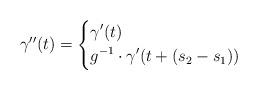
LaTeX: \begin{align*} \gamma''(t) = \begin{dcases} \gamma'(t) & \\ g^{-1}\cdot \gamma'(t + (s_2 - s_1)) & \\ \end{dcases}\end{align*}